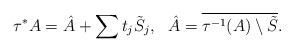
LaTeX: \begin{align*} \tau^*A=\hat{A}+\sum t_j\tilde{S}_j, \ \ \hat{A}=\overline{\tau^{-1}(A)\setminus\tilde{S}}.\end{align*}